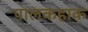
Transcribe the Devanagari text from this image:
पालकहाक